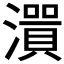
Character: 𤀭